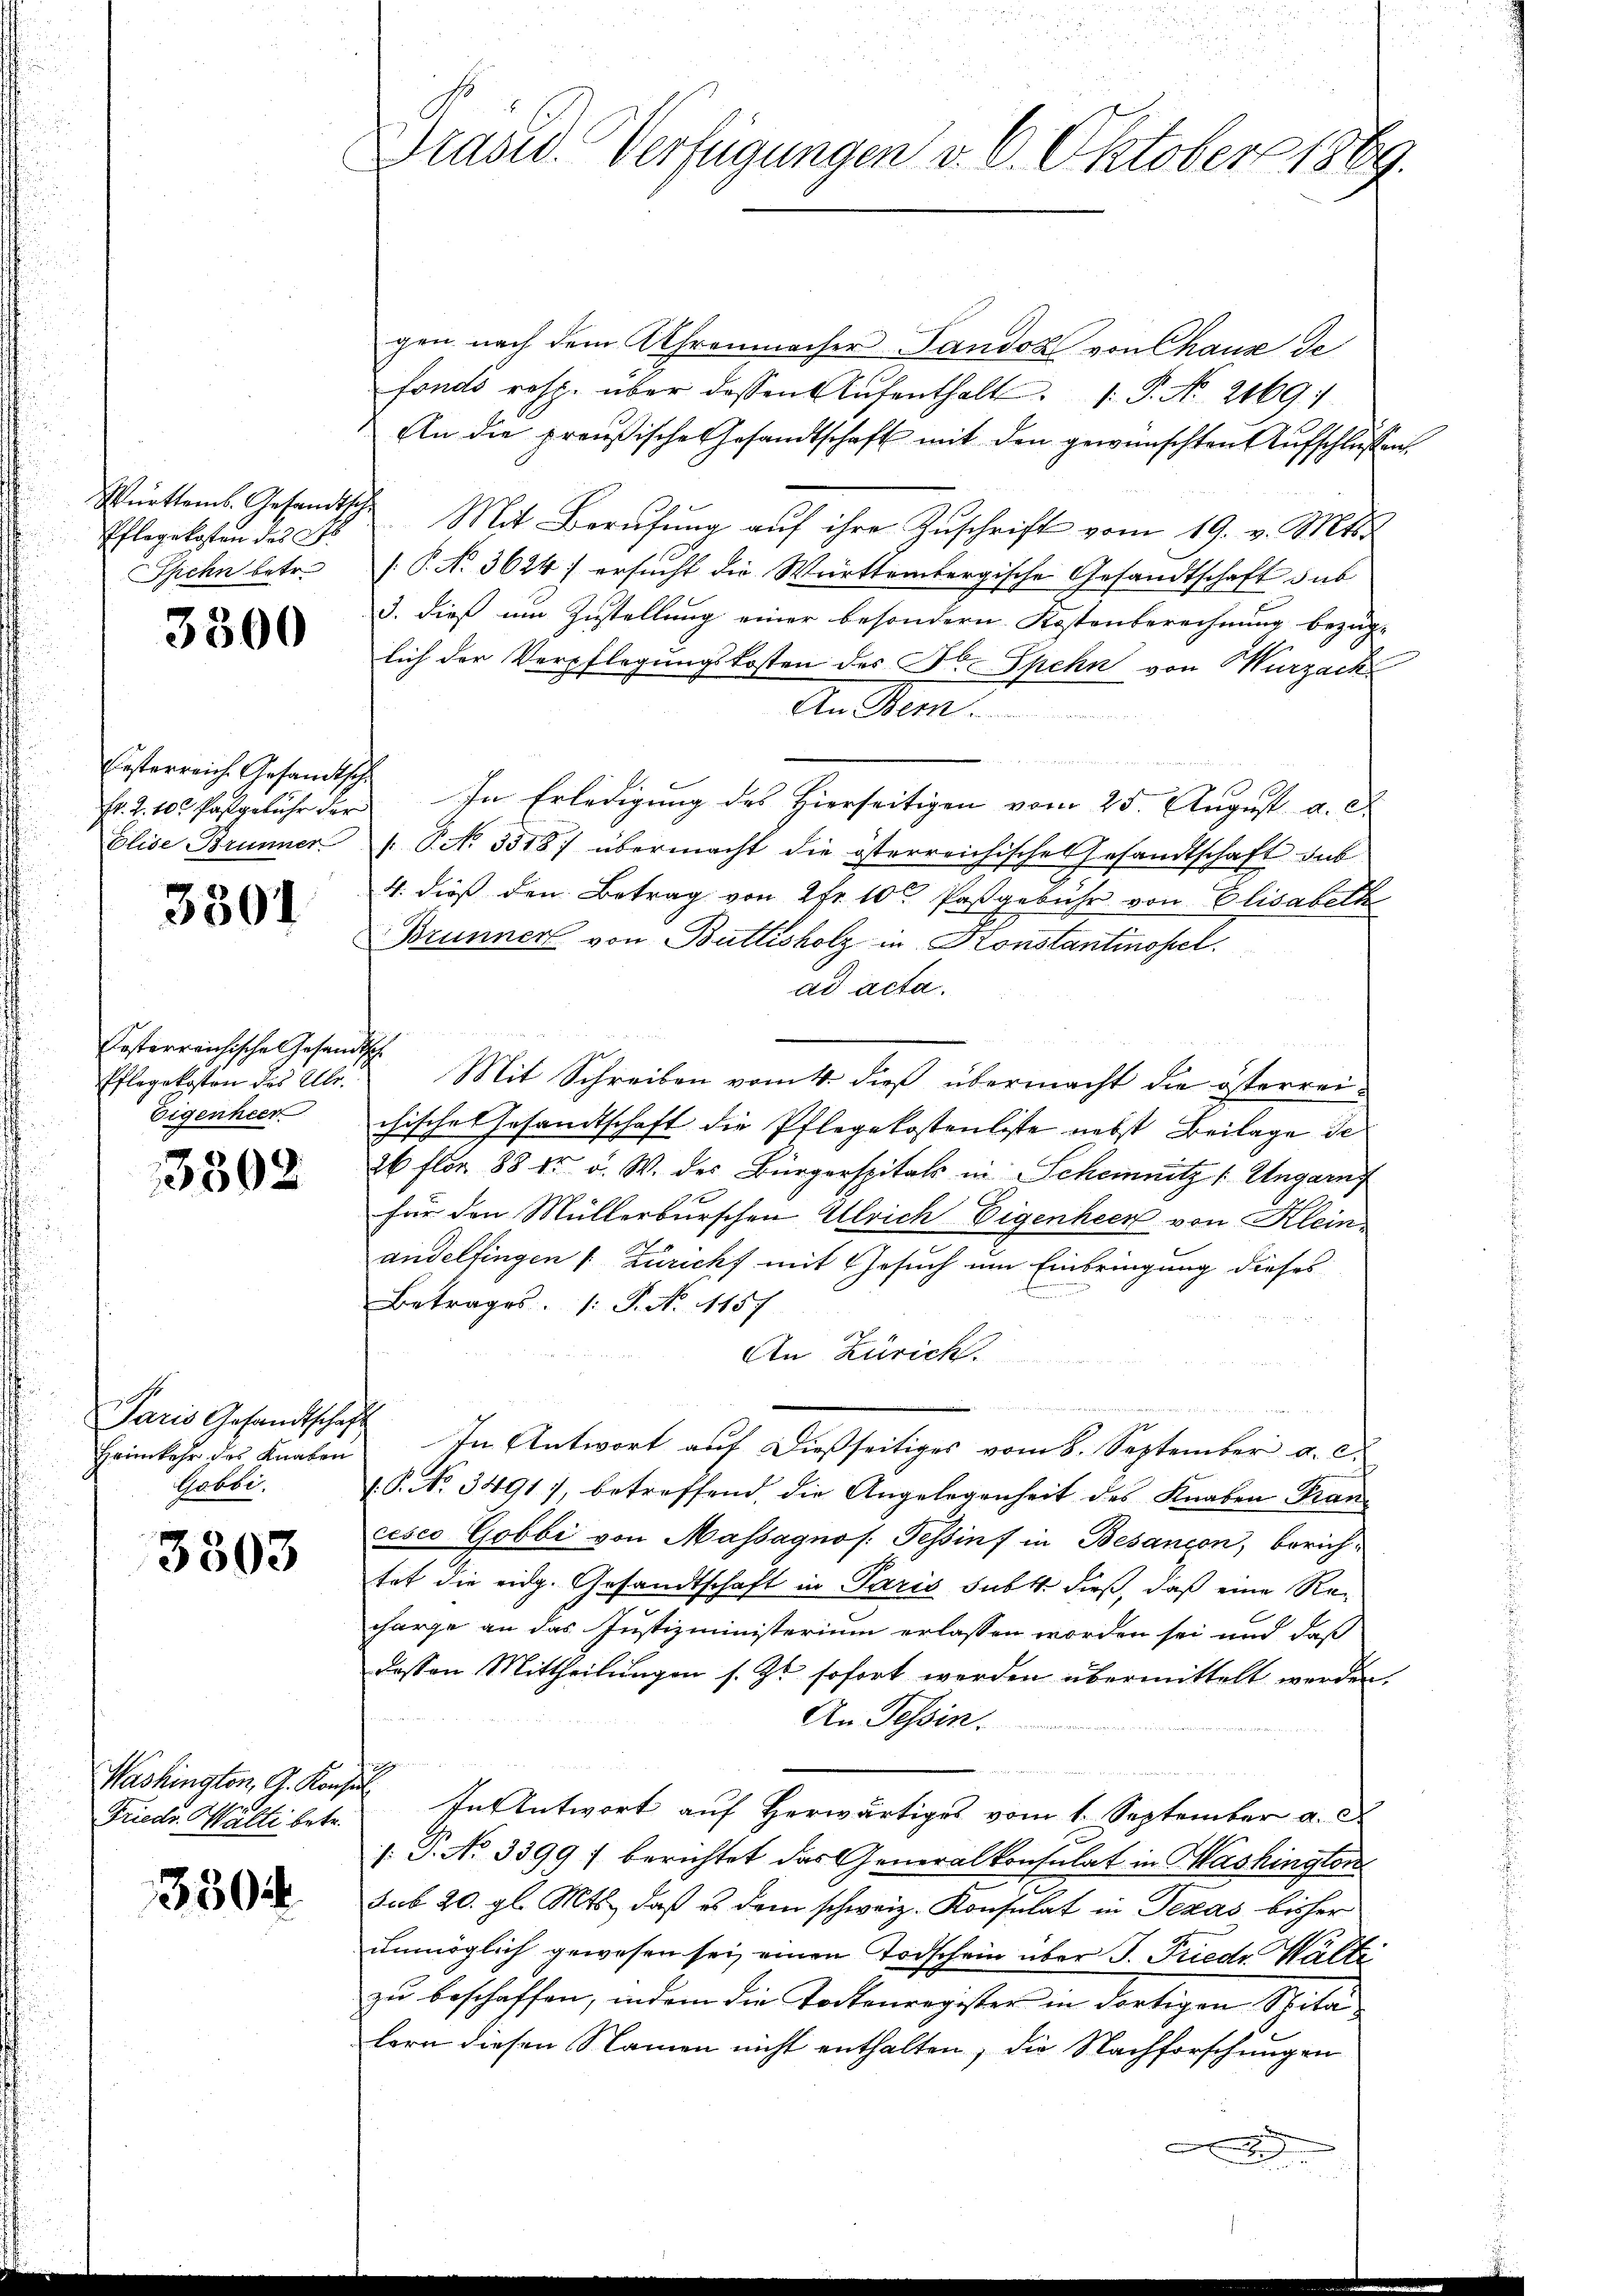
Pflegekosten des St.
Spehn betr.

3300

Ersterreich Gesandtsche
Elise Brunner

3301

Kosterreichische Gesandtsch
Pflegekosten des Ulle.
Eigenheer

3592

Paris Gesandtschaft
Heimkehr des Knaben
Gabri,

3303

Friedr. Walti betr.

380

rašid. Verfügungen v. 6. Oktober 1889.

gen nach dem Ahrenmacher Landos von Chaus de
fonds resp. über dessen Aŭfenthalt. P. Nr. 2169/
An die preußische Gesandtschaft mit den gewünschten Aufschlüssen
Württems. Gesandtsche Mit Berŭfŭng aŭf ihre Zŭschrift vom 19. v. Mts.
[P. No. 3624) ersucht die Württembergische Gesandtschaft sub
3. dieß um Zustellung einer besondern Kostenberechnung bezüg-
lich der Verpflegungskosten des Fr. Spehn von Wurzach
An Stem
Fr. 2. 100 Pastgebühr der In Erledigŭng des hierseitigen vom 25. Aŭgŭst a. c.
/. P. No. 3518) übermacht die österreichisches Gesandtschaft sub
4. dieß den Betrag von 2fr. 10 Paßgebühr von Elisabelk
Brunner von Büttisholz in Konstantinopel.
ad acta.
Mit Schreiben vom 4. dieß übermacht die österreichisches Gesandtschaft die Pflegekostenliste nebst Beilage de
26 flor 88 kr u. W. des Bürgerspitals in Schemnitz /: Ungarn
für den Müllerburschen Ulrich Eigenheen von Kleinandelfingen (: Züricht mit Gesuch um Einbringung dieses
Betrages /: P. N. 1157
An Zürich.
a
n
In Antwort auf dießseitiges vom 8. September a. c.
V. P. No. 3491), betreffend, die Angelegenheit des Knaben Trancesco Gobbi von Massagnos: Tessinf in Besançon, berichtat die eidg. Gesandtschaft in Paris subt dieß, daß eine Recharge an das Justizministerium erlassen worden sei und daß
dessen Mittheilungen s. Z. sofort werden übermittelt werden.
An Tessin.
s
Washington, G. Konser In Antwort auf herwärtiges vom 1. September a. c.
.P. No 33997 berichtet das Generalkonsulat in Mashington
sub 20. gl. Mts., daß es dem schweiz. Konsulat in Texas bisher
unmöglich gewesen sei, einen Todschein über J. Friedr. Walte
zu beschaffen, indem die Tortenregister in dortigen Spita
lern diesen Namen nicht enthalten, die Nachforschungen
)